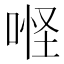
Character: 𠶔